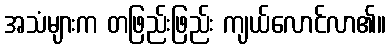
အသံများက တဖြည်းဖြည်း ကျယ်လောင်လာ၏။